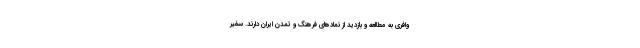
وافری به مطالعه و بازدید از نمادهای فرهنگ و تمدن ایران دارند. سفیر